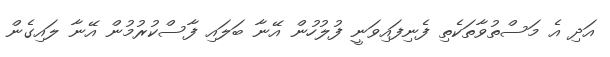
އަދި އެ މަސްތުވާތަކެތި ފެނިފައިވަނީ ފުލުހުން އޭނާ ބަލައި ފާސްކުރުމުން އޭނާ ލައިގެން